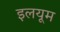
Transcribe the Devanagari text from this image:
इलयूम